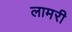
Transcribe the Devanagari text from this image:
लामरी